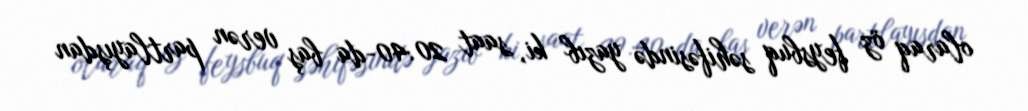
olaraq öz feysbuq səhifəsində yazıb ki, saat 20:40-da baş verən partlayışdan